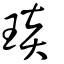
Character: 琰